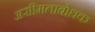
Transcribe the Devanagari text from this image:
असीमताबोधक